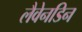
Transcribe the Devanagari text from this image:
लैवेनडिन